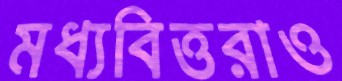
মধ্যবিত্তরাও